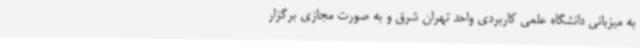
به میزبانی دانشگاه علمی کاربردی واحد تهران شرق و به صورت مجازی برگزار